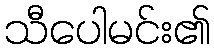
သီပေါမင်း၏